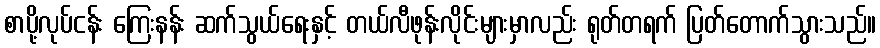
စာပို့လုပ်ငန်း ကြေးနန်း ဆက်သွယ်ရေးနှင့် တယ်လီဖုန်းလိုင်းများမှာလည်း ရုတ်တရက် ပြတ်တောက်သွားသည်။